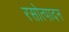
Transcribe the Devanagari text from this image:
रसोत्पादन